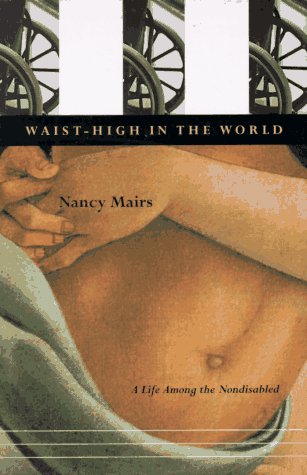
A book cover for Waist-High in the World: A Life Among the Nondisabled; Nancy Mairs; Law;